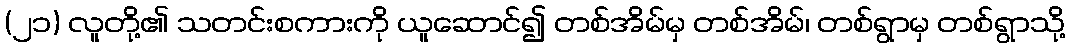
(၂၁) လူတို့၏ သတင်းစကားကို ယူဆောင်၍ တစ်အိမ်မှ တစ်အိမ်၊ တစ်ရွာမှ တစ်ရွာသို့